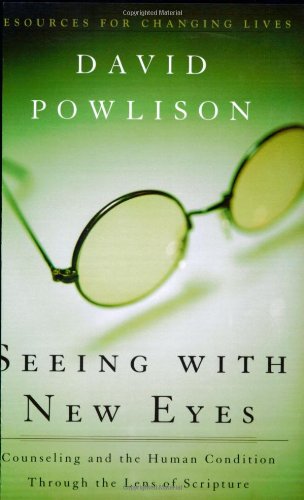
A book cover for Seeing with New Eyes: Counseling and the Human Condition Through the Lens of Scripture (Resources for Changing Lives); David Powlison; Christian Books & Bibles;